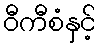
ဝီကီစံနှင့်